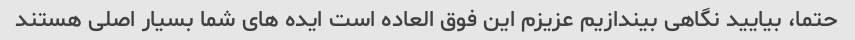
حتما، بیایید نگاهی بیندازیم عزیزم این فوق العاده است ایده های شما بسیار اصلی هستند